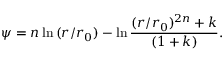
\psi = n \ln { ( r / r _ { 0 } ) } - \ln { \frac { ( r / r _ { 0 } ) ^ { 2 n } + k } { ( 1 + k ) } } .